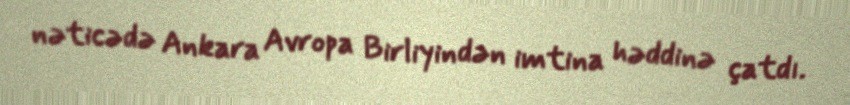
nəticədə Ankara Avropa Birliyindən imtina həddinə çatdı.